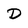
Character: D